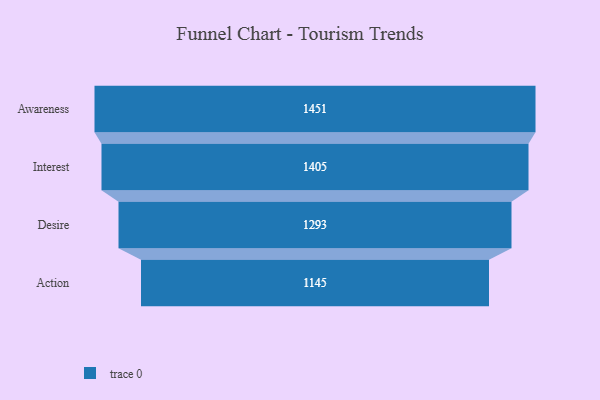
{"axis": {"x": "Stage", "y": "Value"}, "legend": [""], "data": [{"x": "Awareness", "y": 1451.0, "type": ""}, {"x": "Interest", "y": 1405.0, "type": ""}, {"x": "Desire", "y": 1293.0, "type": ""}, {"x": "Action", "y": 1145.0, "type": ""}]}